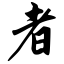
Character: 者